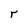
Character: r